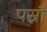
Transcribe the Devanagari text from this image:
पस्नौ